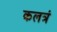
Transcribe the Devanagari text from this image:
कलत्रं